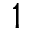
1